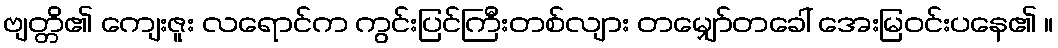
ဗျတ္တိ၏ ကျေးဇူး လရောင်က ကွင်းပြင်ကြီးတစ်လျား တမျှော်တခေါ် အေးမြဝင်းပနေ၏ ။